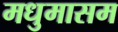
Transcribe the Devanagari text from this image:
मधुमासम